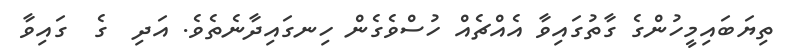
ތިޔަބައިމީހުންގެ ގާތުގައިވާ އެއްޗެއް ހުސްވެގެން ހިނގައިދާނެތެވެ. އަދި  ގެ  ގައިވާ